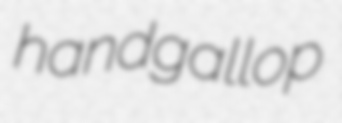
handgallop